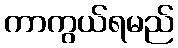
ကာကွယ်ရမည်